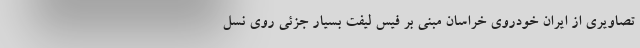
تصاویری از ایران خودروی خراسان مبنی بر فیس لیفت بسیار جزئی روی نسل